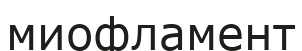
миофламент